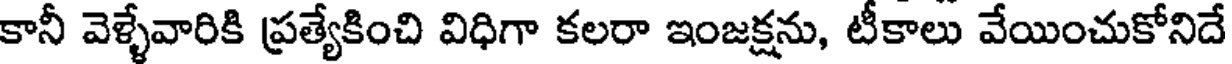
కానీ వెళ్ళేవారికి ప్రత్యేకించి విధిగా కలరా ఇంజక్షను, టీకాలు వేయించుకోనిదే